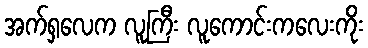
အက်ရှလေက လူကြီး လူကောင်းကလေးကိုး